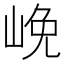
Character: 𡷭